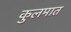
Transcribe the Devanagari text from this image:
कुलमात